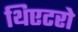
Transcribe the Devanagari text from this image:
थिएटरो